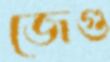
জেগু